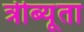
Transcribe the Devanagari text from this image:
त्रीब्यूता